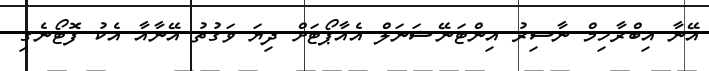
އޭނާ އިބްރާހިމް ނާސިރު އިންޓަނޭޝަނަލް އެއާޕޯޓަށް ދިޔަ ވަގުތު އޭނާއާ އެކު ފޮޓޯނެގި